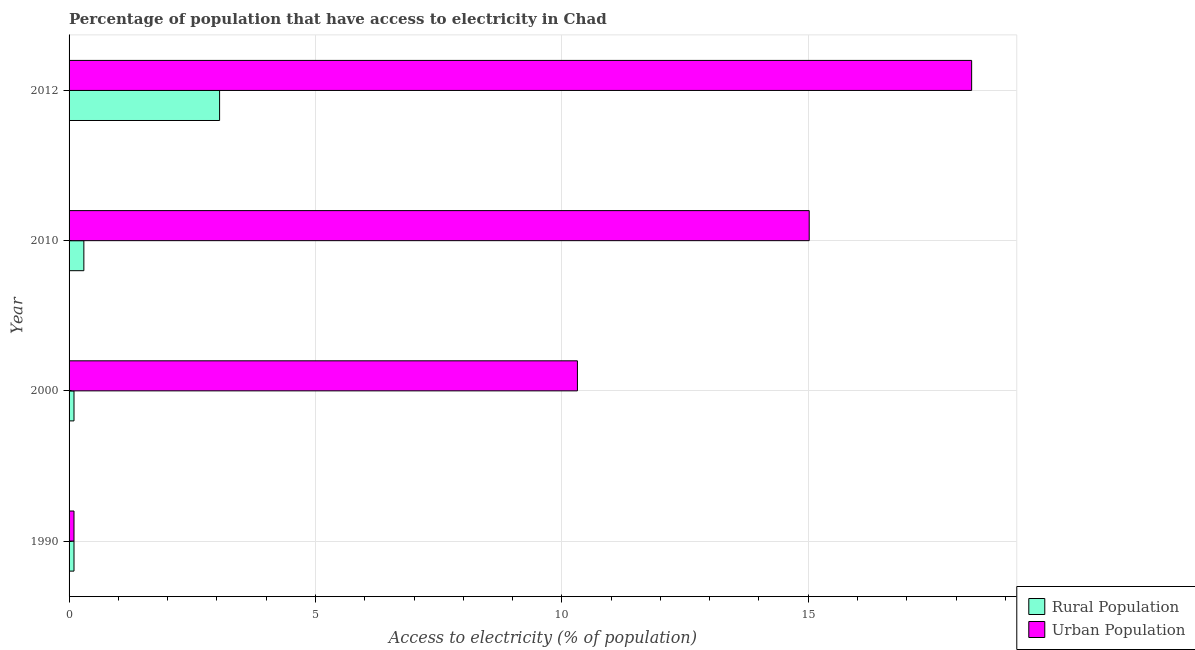
| Year | Rural Population | Urban Population |
 | --- | --- | --- |
 | 1990 | 0.1 | 0.1 |
 | 2000 | 0.1 | 10.3 |
 | 2010 | 0.3 | 15 |
 | 2012 | 3.05 | 18.3 |